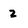
Character: 2